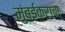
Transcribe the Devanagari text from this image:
मुंबईकराचा